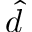
\hat { d }